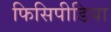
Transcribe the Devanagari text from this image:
फिसिपीडिया